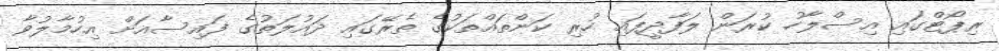
ރިޕޯޓްގައި އިސްލާހު ކުރަން ލަފާދީފައި ހުރި ކަންތައްތަކުގެ ތެރޭގައި ދައުލަތުގެ ފައިސާއަށް އިހުމާލުވާ